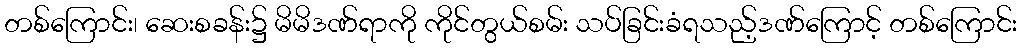
တစ်ကြောင်း၊ ဆေးစခန်း၌ မိမိဒဏ်ရာကို ကိုင်တွယ်စမ်း သပ်ခြင်းခံရသည့်ဒဏ်ကြောင့် တစ်ကြောင်း